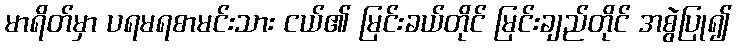
မာရိတ်မှာ ပရမရစာမင်းသား ငယ်၏ မြင်းခယ်တိုင် မြင်းချည်တိုင် အစွဲပြု၍